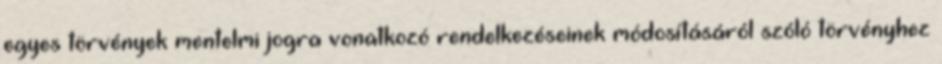
egyes törvények mentelmi jogra vonatkozó rendelkezéseinek módosításáról szóló törvényhez